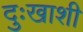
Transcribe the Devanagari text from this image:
दुःखाशी